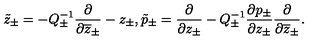
\tilde { z } _ { \pm } = - Q _ { \pm } ^ { - 1 } \displaystyle \displaystyle \frac { \partial } { \partial \overline { { z } } _ { \pm } } - z _ { \pm } , \tilde { p } _ { \pm } = \displaystyle \displaystyle \frac { \partial } { \partial z _ { \pm } } - Q _ { \pm } ^ { - 1 } \displaystyle \frac { \partial p _ { \pm } } { \partial z _ { \pm } } \displaystyle \displaystyle \frac { \partial } { \partial \overline { { z } } _ { \pm } } .